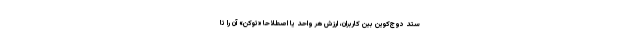
ستد دوج‌کوین بین کاربران، ارزش هر واحد یا اصطلاحاً «توکِن» آن را تا